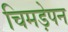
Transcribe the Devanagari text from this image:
चिमड़ेपन